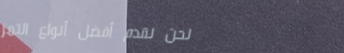
نحن نقدم أفضل أنواع التمر